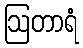
ဩတာရံ